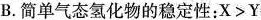
B.简单气态氢化物的稳定性：$$X > Y$$